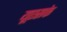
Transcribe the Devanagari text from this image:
यूएसके